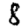
Digit: 8